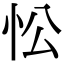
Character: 忪